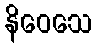
နိဝေသေ